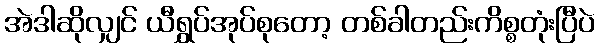
အဲဒါဆိုလျှင် ယီရွှပ်အုပ်စုတော့ တစ်ခါတည်းကိစ္စတုံးပြီပဲ